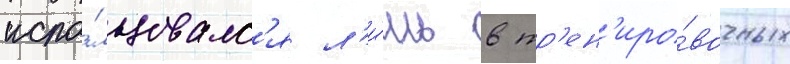
испо́льзовалс'я л'и́шь в тр'ен'иро́вочных